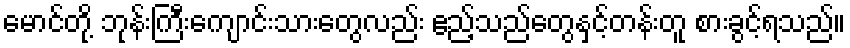
မောင်တို့ ဘုန်းကြီးကျောင်းသားတွေလည်း ဧည့်သည်တွေနှင့်တန်းတူ စားခွင့်ရသည်။